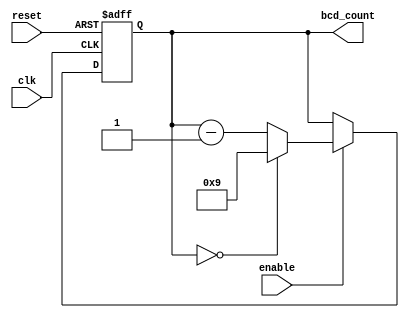
module BCD_Down_Counter (
    input wire clk,
    input wire reset,
    input wire enable,
    output reg [3:0] bcd_count
);

always @(posedge clk or posedge reset) begin
    if (reset) begin
        bcd_count <= 4'b1001; // Initialized to 9
    end else begin
        if (enable) begin
            if (bcd_count == 4'b0000) begin
                bcd_count <= 4'b1001; // Reset to 9
            end else begin
                bcd_count <= bcd_count - 1; // Decrement by 1
            end
        end
    end
end

endmodule